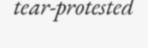
tear-protested